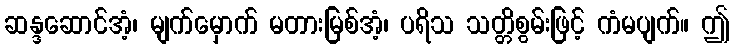
ဆန္ဒဆောင်အံ့၊ မျက်မှောက် မတားမြစ်အံ့၊ ပရိသ သတ္တိစွမ်းဖြင့် ကံမပျက်။ ဤ